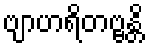
ဗျာဟရိတဗ္ဗန္တိ